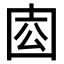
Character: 𡇛